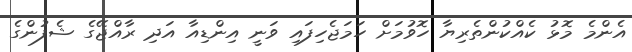
އެންމެ މޮޅު ކެއްކުންތެރިޔާ ހޮވުމަށް ހަމަޖެހިފައި ވަނީ އިންޑިއާ އަދި ރާއްޖޭގެ ޝެފުންގެ